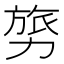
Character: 𭄸